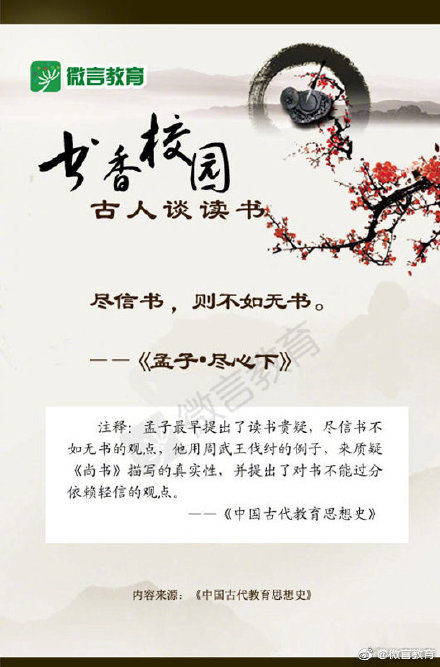
尽信书，则不如无书。